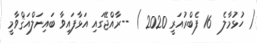
( ހުޅުމާލެ  16 ފެބްރުއަރީ 2020 ) --ރާއްޖޭގައި އަޅާފައިވާ ބައިނަލްއަޤްވާމީ